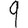
Digit: 9